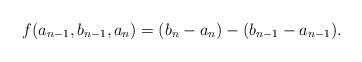
LaTeX: \begin{align*}f(a_{n-1},b_{n-1},a_n)=(b_n-a_n)-(b_{n-1}-a_{n-1}).\end{align*}